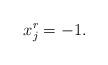
LaTeX: \begin{align*}x_{j}^{r}=-1. \end{align*}